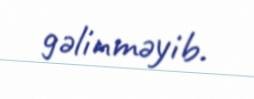
gəlinməyib.